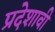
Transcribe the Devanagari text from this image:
प्रदेशावी